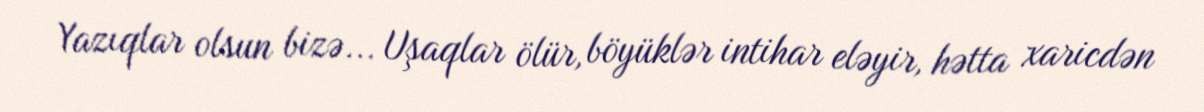
Yazıqlar olsun bizə... Uşaqlar ölür, böyüklər intihar eləyir, hətta xaricdən